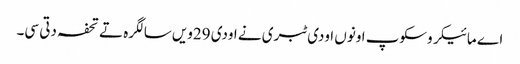
اے مائیکروسکوپ اونوں اودی ٹبری نے اودی 29ویں سالگرہ تے تحفہ دتی سی۔